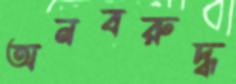
অনবরুদ্ধ